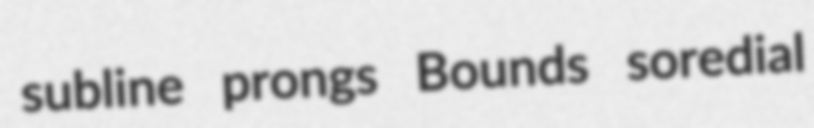
subline prongs Bounds soredial